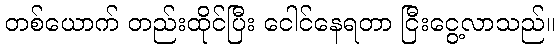
တစ်ယောက် တည်းထိုင်ပြီး ငေါင်နေရတာ ငြီးငွေ့လာသည်။